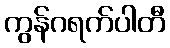
ကွန်ဂရက်ပါတီ